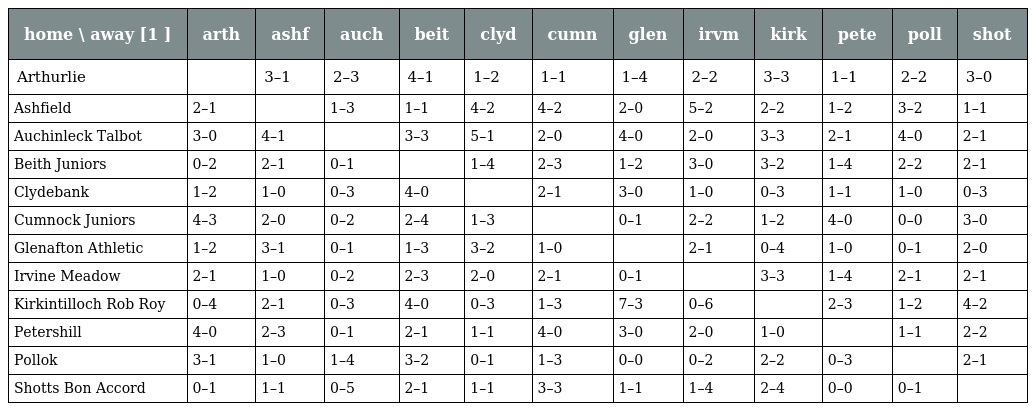
| home \ away [1 ] | arth | ashf | auch | beit | clyd | cumn | glen | irvm | kirk | pete | poll | shot |
 | --- | --- | --- | --- | --- | --- | --- | --- | --- | --- | --- | --- | --- |
 | Arthurlie |  | 3–1 | 2–3 | 4–1 | 1–2 | 1–1 | 1–4 | 2–2 | 3–3 | 1–1 | 2–2 | 3–0 |
 | Ashfield | 2–1 |  | 1–3 | 1–1 | 4–2 | 4–2 | 2–0 | 5–2 | 2–2 | 1–2 | 3–2 | 1–1 |
 | Auchinleck Talbot | 3–0 | 4–1 |  | 3–3 | 5–1 | 2–0 | 4–0 | 2–0 | 3–3 | 2–1 | 4–0 | 2–1 |
 | Beith Juniors | 0–2 | 2–1 | 0–1 |  | 1–4 | 2–3 | 1–2 | 3–0 | 3–2 | 1–4 | 2–2 | 2–1 |
 | Clydebank | 1–2 | 1–0 | 0–3 | 4–0 |  | 2–1 | 3–0 | 1–0 | 0–3 | 1–1 | 1–0 | 0–3 |
 | Cumnock Juniors | 4–3 | 2–0 | 0–2 | 2–4 | 1–3 |  | 0–1 | 2–2 | 1–2 | 4–0 | 0–0 | 3–0 |
 | Glenafton Athletic | 1–2 | 3–1 | 0–1 | 1–3 | 3–2 | 1–0 |  | 2–1 | 0–4 | 1–0 | 0–1 | 2–0 |
 | Irvine Meadow | 2–1 | 1–0 | 0–2 | 2–3 | 2–0 | 2–1 | 0–1 |  | 3–3 | 1–4 | 2–1 | 2–1 |
 | Kirkintilloch Rob Roy | 0–4 | 2–1 | 0–3 | 4–0 | 0–3 | 1–3 | 7–3 | 0–6 |  | 2–3 | 1–2 | 4–2 |
 | Petershill | 4–0 | 2–3 | 0–1 | 2–1 | 1–1 | 4–0 | 3–0 | 2–0 | 1–0 |  | 1–1 | 2–2 |
 | Pollok | 3–1 | 1–0 | 1–4 | 3–2 | 0–1 | 1–3 | 0–0 | 0–2 | 2–2 | 0–3 |  | 2–1 |
 | Shotts Bon Accord | 0–1 | 1–1 | 0–5 | 2–1 | 1–1 | 3–3 | 1–1 | 1–4 | 2–4 | 0–0 | 0–1 |  |